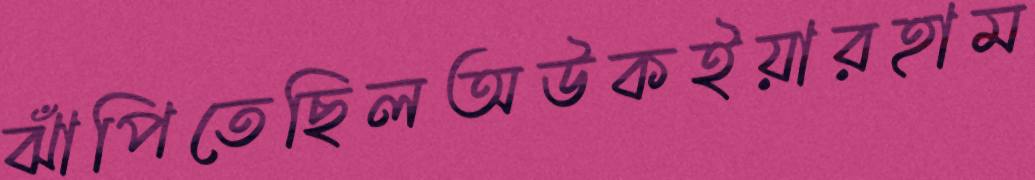
ঝাঁপিতেছিলঅউকইয়ারহাম